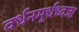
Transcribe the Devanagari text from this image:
वर्धनमूर्धध्वजा